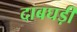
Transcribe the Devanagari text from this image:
दाबघड़ी